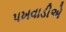
પખવાડીએ